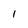
Character: I